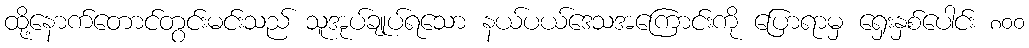
ထို့နောက်တောင်တွင်းမင်းသည် သူအုပ်ချုပ်ရသော နယ်ပယ်ဒေသအကြောင်းကို ပြောရာမှ ရှေးနှစ်ပေါင်း ၈၀၀